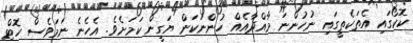
ކޮކޯގައި އެތަކެތީގައި ނުހުންނަ މާއްދާއެއް ހުންނަކަން ޔަގީން ކަމަށެވެ. އެހެނެ ނަމަވެސް ހޮޓް